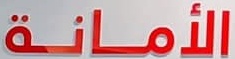
الأمانة